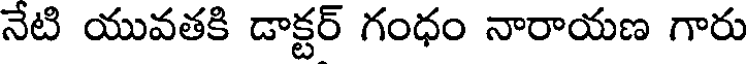
నేటి యువతకి డాక్టర్ గంధం నారాయణ గారు